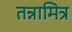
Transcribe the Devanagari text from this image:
तन्नामित्र